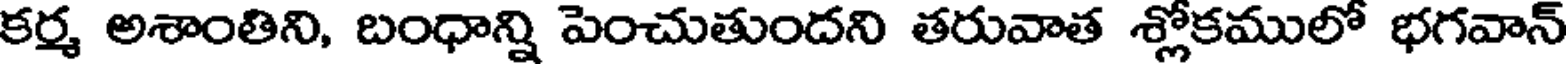
కర్మ అశాంతిని, బంధాన్ని పెంచుతుందని తరువాత శ్లోకములో భగవాన్